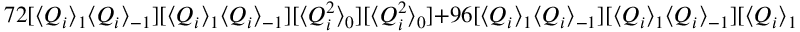
7 2 [ \langle Q _ { i } \rangle _ { 1 } \langle Q _ { i } \rangle _ { - 1 } ] [ \langle Q _ { i } \rangle _ { 1 } \langle Q _ { i } \rangle _ { - 1 } ] [ \langle Q _ { i } ^ { 2 } \rangle _ { 0 } ] [ \langle Q _ { i } ^ { 2 } \rangle _ { 0 } ] + 9 6 [ \langle Q _ { i } \rangle _ { 1 } \langle Q _ { i } \rangle _ { - 1 } ] [ \langle Q _ { i } \rangle _ { 1 } \langle Q _ { i } \rangle _ { - 1 } ] [ \langle Q _ { i } \rangle _ { 1 } \langle Q _ { i } \rangle _ { - 1 } ] [ \langle Q _ { i } \rangle _ { - 1 } \langle Q _ { i } \rangle _ { 1 } ]